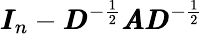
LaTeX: \pmb{I}_{n}-\pmb{D}^{-\frac 12}\pmb{A}\pmb{D}^{-\frac 12}